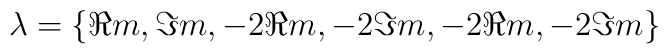
\lambda = \{ \Re m,\Im  m,-2 \Re  m,-2 \Im  m, -2\Re m,-2\Im  m \}